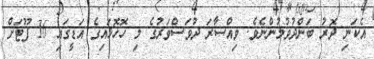
އެކަނި ދޮރު ބަންދުވުމުންނެވެ. ވިއްސާރަ ދުވަސްވަރުގެ މި ހޮހޮޅައިގެ އަޑީގައި 16 ފޫޓަށް